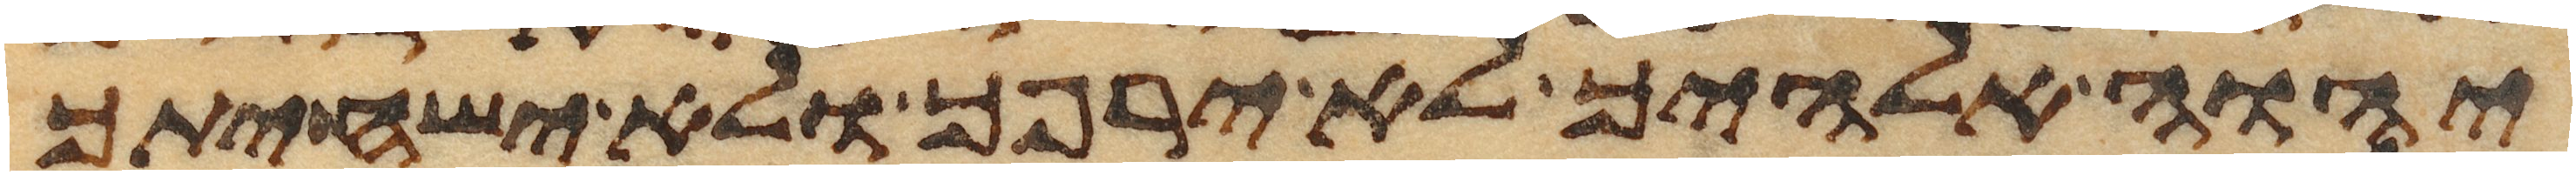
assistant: יהוה אלהיך לא ירפך ולא ישחיתך